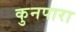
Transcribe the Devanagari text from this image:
कुनपारा